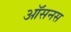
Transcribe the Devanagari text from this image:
ऑसनस